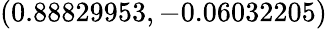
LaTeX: (0.88829953,-0.06032205)